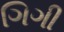
ગિગી